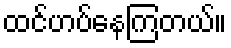
ထင်ဟပ်နေကြတယ်။